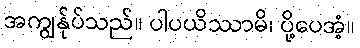
အကျွန်ုပ်သည်။ ပါပယိဿာမိ၊ ပို့ပေအံ့။